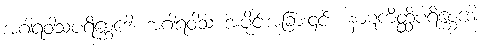
အဂါရဝါသပရိစ္ဆေဒေါ၊ အဂါရဝါသ အပိုင်းအခြား၎င်း။ နာဋကိတ္ထိပရိစ္ဆေဒေါ၊